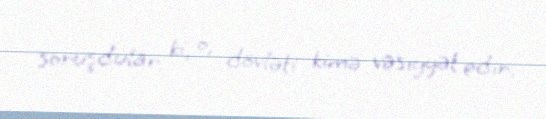
soruşdular ki, o, dövləti kimə vəsiyyət edir.